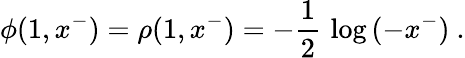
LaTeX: \phi(1,x^{-})=\rho(1,x^{-})=-{\frac{1}{2}}\, \log\, (-x^{-})~.